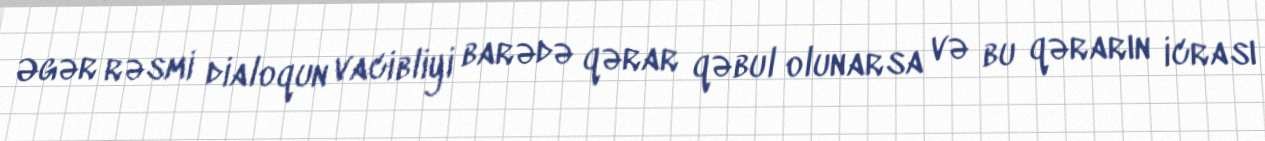
Əgər rəsmi dialoqun vacibliyi barədə qərar qəbul olunarsa və bu qərarın icrası